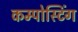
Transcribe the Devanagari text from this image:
कम्पोस्टिंग